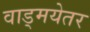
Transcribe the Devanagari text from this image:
वाड्मयेतर